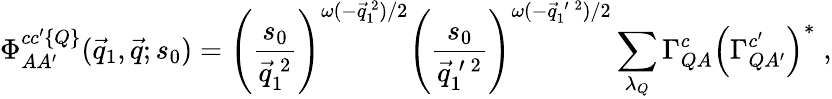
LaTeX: \Phi_{AA^{\prime}}^{cc^{\prime}\{ Q\} }(\vec{q}_{1},\vec{q};s_{0})=\left(\frac{s_{0}}{\vec{q}_{1}^{\: 2}}\right)^{\omega(-\vec{q}_{1}^{~2})/2}\left(\frac{s_{0}}{\vec{q}_{1}^{\: \prime\: 2}}\right)^{\omega(-\vec{q}_{1}^{\: \prime\: 2})/2}\sum_{\lambda_{Q}}\Gamma_{QA}^{c}\left(\Gamma_{QA^{\prime}}^{c^{\prime}}\right)^{*}\; ,